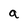
Character: a